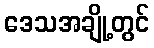
ဒေသအချို့တွင်